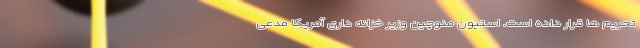
تحریم ها قرار داده است. استیون منوچین وزیر خزانه داری آمریکا مدعی